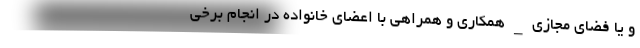
و یا فضای مجازی _ همکاری و همراهی با اعضای خانواده در انجام برخی